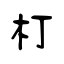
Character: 朾